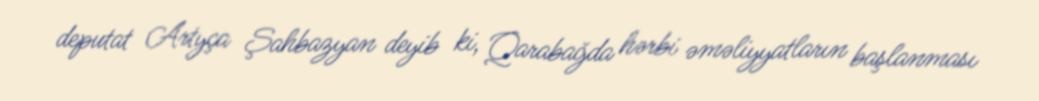
deputat Artyça Şahbazyan deyib ki, Qarabağda hərbi əməliyyatların başlanması